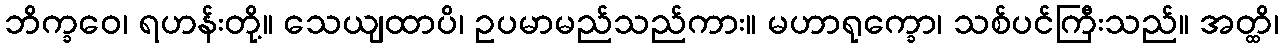
ဘိက္ခဝေ၊ ရဟန်းတို့။ သေယျထာပိ၊ ဥပမာမည်သည်ကား။ မဟာရုက္ခော၊ သစ်ပင်ကြီးသည်။ အတ္ထိ၊